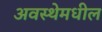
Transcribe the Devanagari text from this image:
अवस्थेमधील